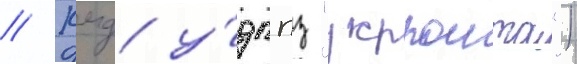
// Кмд у́дппз "укрпошта")